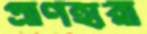
প্রাণহারী